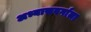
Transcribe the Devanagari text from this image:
अभ्यासवर्गाला